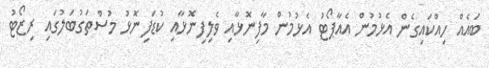
ބައެއް ހިއްކައިގެން އެޅުމުން އެއާޕޯޓު އެޅުމުން މާފިނޮޅާއި ވެލިފިނޮޅާއި ކުޑަފިނޮޅު މުސްތަގުބަލުގައި ރިޒޯޓު